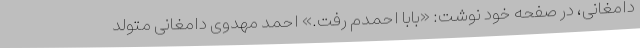
دامغانی، در صفحه خود نوشت: «بابا احمدم رفت.» احمد مهدوی دامغانی متولد